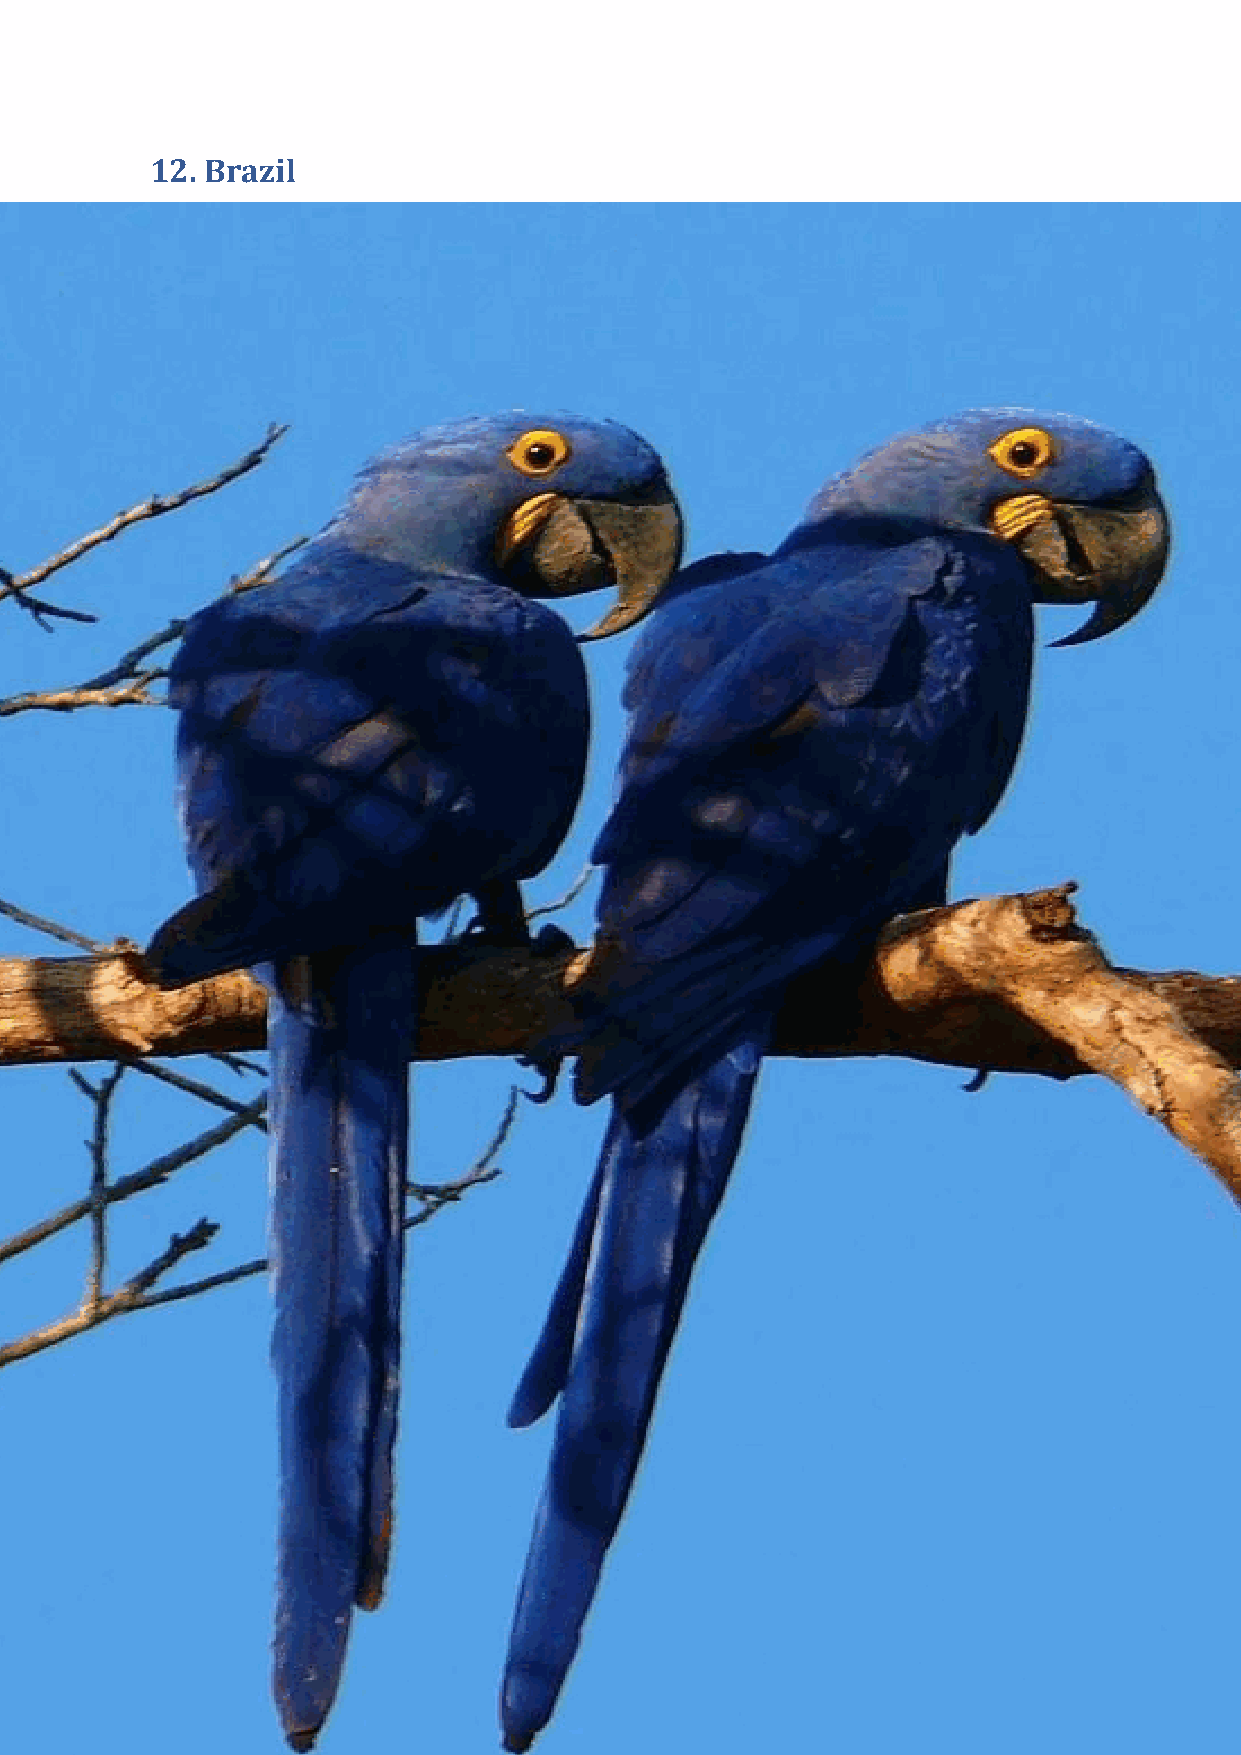
Brazil is home to a sustainable city, Curitiba, which has a high
 recycling rate (70%), an excellent bus system and large numbers of
 beautiful parks to control floods rather than concrete canals. There
 are so many parks that sheep are left to cut the grass as it’s cheaper
 than lawnmowers  and it has the largest downtown pedestrianized
 shopping area in the World. In addition, Rio, Sao Paolo, Belo
 Horizonte, and Brasilia were all rated ‘above average’ for
 sustainability in the Siemens’ Green City Index.
 Sustainable Hotels
 The Novotel Sao Paulo Center (4*, 415 rooms) Norte’s eco-friendly
 practices include: use of energy-saving bulbs, renewable energy
 sources like thermal solar panels; showers/faucets are fitted with
 flow regulators to conserve water; waste materials are recycled
 whenever possible; rooms use bedding, bath linen and papers that
 are eco-friendly, as are cleaning products, wall paint and floor
 coverings.
 InterContinental São Paulo (4.5*, 195 rooms) has an innovative
 online system which allows for the reduction of its carbon footprint
 by 25%: from smart designed buildings and energy efficient lighting
 to bio-friendly cleaning materials. This online system monitors
 energy, water and waste usage of individual hotels while providing
 recommended   actions to improve the property’s energy
 conservation and carbon footprint score.
 The Sheraton da Bahia (4.5*, 284 rooms) uses high efficiency lighting
 in guest rooms and public areas, and has water conserving fixtures.
 Waste minimization practices include: recycling, organic waste
 72